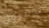
يدمرون